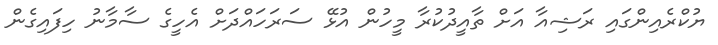
ޔުކްރެއިންގައި ރަޝިއާ އަށް ތާއީދުކުރާ މީހުން އުޅޭ ސަރަހައްދަށް އެހީގެ ސާމާނު ހިފައިގެން